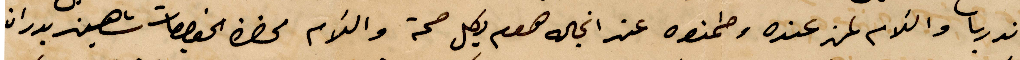
اندريا والسلام لمن عنده وطمنوه عن انجاله هوم وبكل صحة والسلام %% شهين بدران